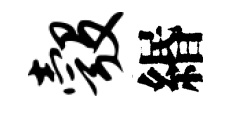
彀緡